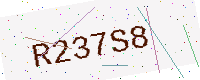
Text: R237S8